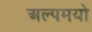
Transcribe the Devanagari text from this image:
अल्पमयो